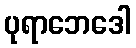
ပုရာဘေဒေါ